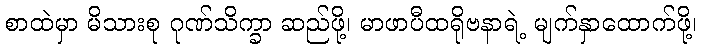
စာထဲမှာ မိသားစု ဂုဏ်သိက္ခာ ဆည်ဖို့၊ မာဖာပီထရိုဗနာရဲ့ မျက်နှာထောက်ဖို့၊